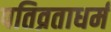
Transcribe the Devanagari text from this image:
पतिव्रताधर्म